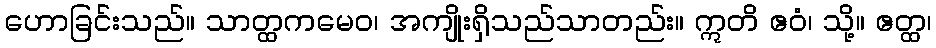
ဟောခြင်းသည်။ သာတ္ထကမေဝ၊ အကျိုးရှိသည်သာတည်း။ ဣတိ ဧဝံ၊ သို့။ ဧတ္ထ၊